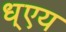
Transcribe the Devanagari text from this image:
ध्एय